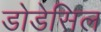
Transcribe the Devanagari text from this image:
डोडेसिल